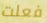
فعلت